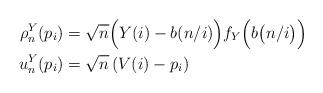
LaTeX: \begin{align*}\rho^Y_n(p_i) & = \sqrt{n}\Big( Y(i) - b(n/i)\Big)f_Y\Big(b\big(n/i\big)\Big)\\u_n^Y(p_i) & = \sqrt{n}\left( V(i) - p_i \right)\end{align*}